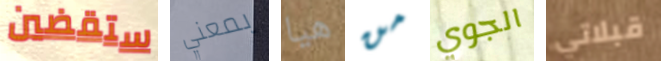
ستقضين بمعني هيا من الجوي قبلاتي